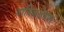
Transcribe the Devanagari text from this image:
तांत्रिकक्षेत्रास